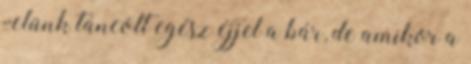
velünk táncolt egész éjjel a bár, de amikor a